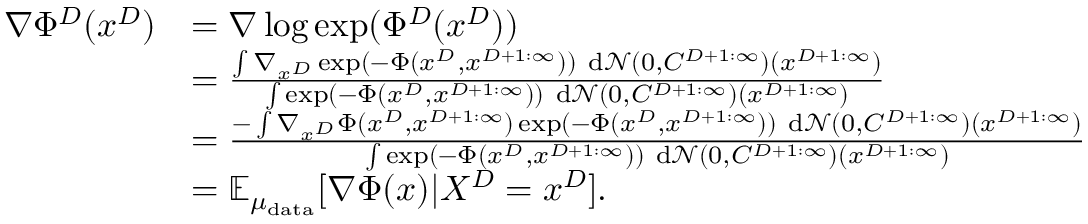
\begin{array} { r l } { \nabla \Phi ^ { D } ( x ^ { D } ) } & { = \nabla \log \exp ( \Phi ^ { D } ( x ^ { D } ) ) } \\ & { = \frac { \int \nabla _ { x ^ { D } } \exp ( - \Phi ( x ^ { D } , x ^ { D + 1 : \infty } ) ) ~ \mathrm { d } \mathcal { N } ( 0 , C ^ { D + 1 : \infty } ) ( x ^ { D + 1 : \infty } ) } { \int \exp ( - \Phi ( x ^ { D } , x ^ { D + 1 : \infty } ) ) ~ \mathrm { d } \mathcal { N } ( 0 , C ^ { D + 1 : \infty } ) ( x ^ { D + 1 : \infty } ) } } \\ & { = \frac { - \int \nabla _ { x ^ { D } } \Phi ( x ^ { D } , x ^ { D + 1 : \infty } ) \exp ( - \Phi ( x ^ { D } , x ^ { D + 1 : \infty } ) ) ~ \mathrm { d } \mathcal { N } ( 0 , C ^ { D + 1 : \infty } ) ( x ^ { D + 1 : \infty } ) } { \int \exp ( - \Phi ( x ^ { D } , x ^ { D + 1 : \infty } ) ) ~ \mathrm { d } \mathcal { N } ( 0 , C ^ { D + 1 : \infty } ) ( x ^ { D + 1 : \infty } ) } } \\ & { = \mathbb { E } _ { \mu _ { \mathrm { d a t a } } } [ \nabla \Phi ( x ) | X ^ { D } = x ^ { D } ] . } \end{array}